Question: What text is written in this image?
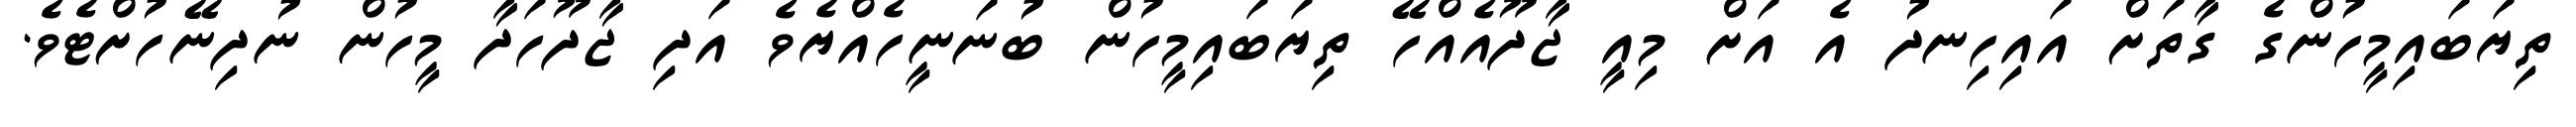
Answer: ތިޔަބައިމީހުންގެ ގާތަށް އައިހިނދު އެ އަށް މިއީ ޖާދޫއެއްހޭ ތިޔަބައިމީހުން ބުނަނީހެއްޔެވެ އަދި ޖާދޫހަދާ މީހުން ނުދިނޭހުށްޓެވެ.